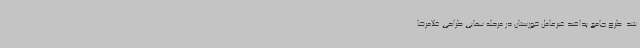
شد. طرح جامع پدافند غیرعامل خوزستان در مرحله نهایی طراحی غلامرضا